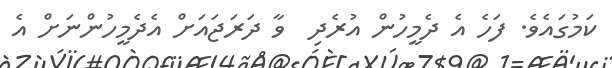
ކަމުގައެވެ. ފަހެ އެ ދެމީހުން އުރެދި  ވާ ދަރަޖައަށް އެދެމީހުންނަށް އެ